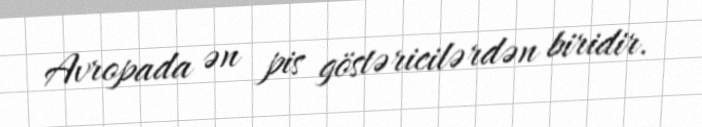
Avropada ən pis göstəricilərdən biridir.